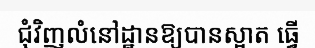
ជុំវិញលំនៅដ្ឋានឱ្យបានស្អាត ធ្វើ